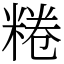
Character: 䊎